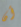
أن